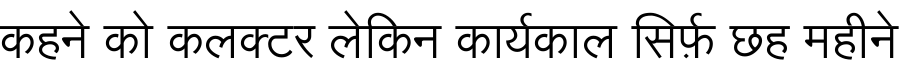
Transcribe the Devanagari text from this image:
कहने को कलक्टर लेकिन कार्यकाल सिर्फ़ छह महीने